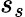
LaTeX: s_{s}